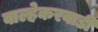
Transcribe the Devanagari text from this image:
वाल्हेकरवाडी